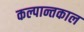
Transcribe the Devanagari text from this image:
कल्पान्तकाल